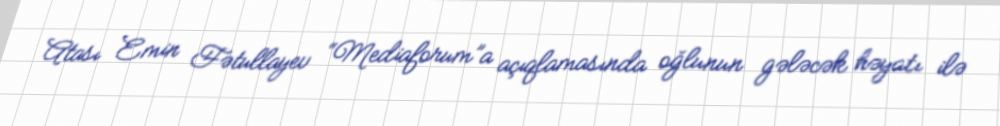
Atası Emin Fətullayev “Mediaforum”a açıqlamasında oğlunun gələcək həyatı ilə